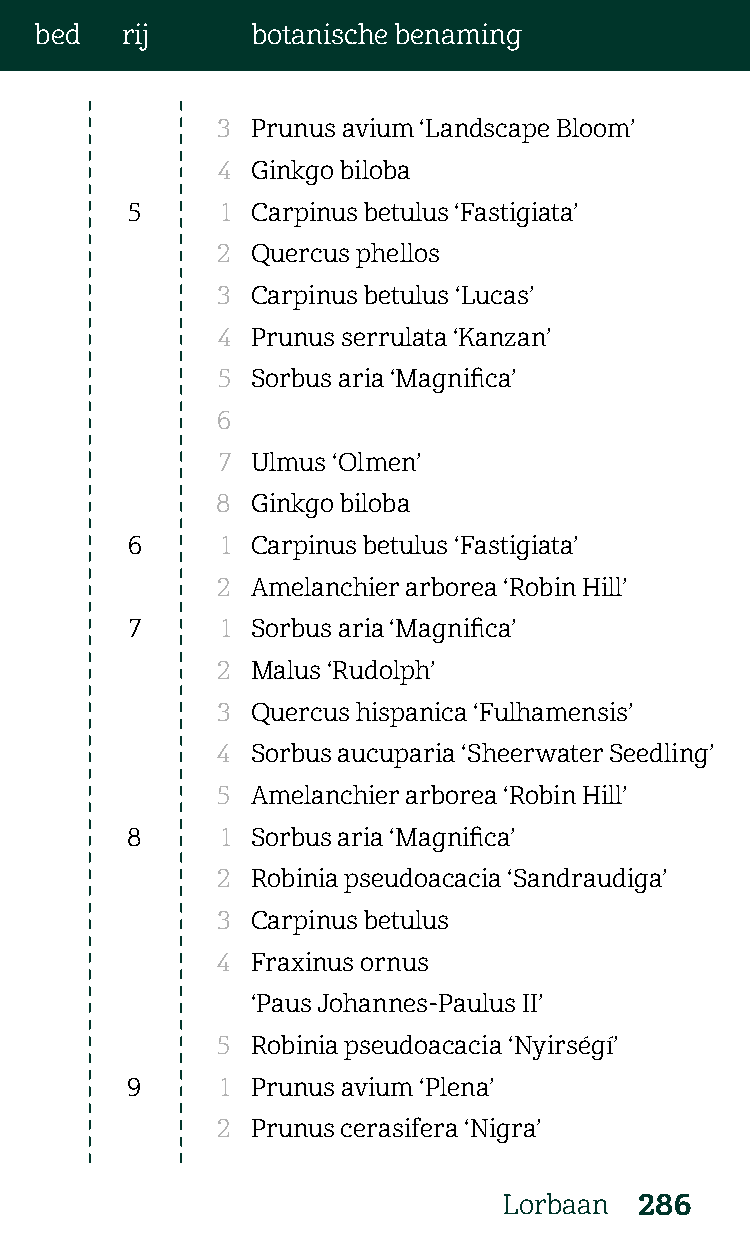
bed   rij      botanische benaming
 3  Prunus avium ‘Landscape Bloom’
 4  Ginkgo biloba
 5      1 Carpinus betulus ‘Fastigiata’
 2  Quercus phellos
 3  Carpinus betulus ‘Lucas’
 4  Prunus serrulata ‘Kanzan’
 5  Sorbus aria ‘Magnifica’
 6
 7  Ulmus ‘Olmen’
 8  Ginkgo biloba
 6      1 Carpinus betulus ‘Fastigiata’
 2  Amelanchier arborea ‘Robin Hill’
 7     1 Sorbus aria ‘Magnifica’
 2  Malus ‘Rudolph’
 3  Quercus hispanica ‘Fulhamensis’
 4  Sorbus aucuparia ‘Sheerwater Seedling’
 5  Amelanchier arborea ‘Robin Hill’
 8      1 Sorbus aria ‘Magnifica’
 2  Robinia pseudoacacia ‘Sandraudiga’
 3  Carpinus betulus
 4  Fraxinus ornus
 ‘Paus Johannes-Paulus II’
 5  Robinia pseudoacacia ‘Nyirségí’
 9      1 Prunus avium ‘Plena’
 2  Prunus cerasifera ‘Nigra’
 Lorbaan  286